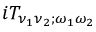
i T _ { \nu _ { 1 } \nu _ { 2 } ; \omega _ { 1 } \omega _ { 2 } }